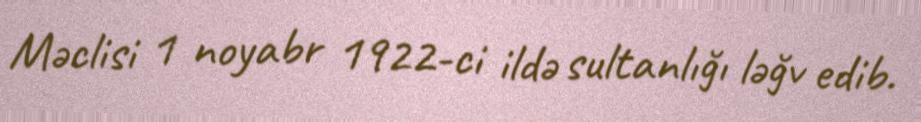
Məclisi 1 noyabr 1922-ci ildə sultanlığı ləğv edib.